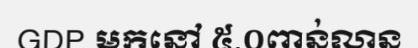
GDP មកនៅ ៥.០ពាន់លាន